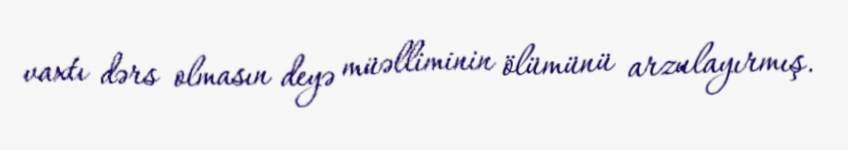
vaxtı dərs olmasın deyə müəlliminin ölümünü arzulayırmış.